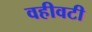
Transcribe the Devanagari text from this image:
वहीवटी